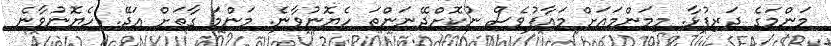
މަންމަގެ ދަރިފުޅާ. މިމަންމައަަށް މައާާފުވެސް ނުކޮށްދޭނަންތަ ހެޔޮނުވާނެ. މަންމަ ގާތަށް އަަދޭ. ހެޔޮނުވާނެ